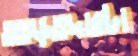
আড়তদারটা